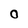
Character: O